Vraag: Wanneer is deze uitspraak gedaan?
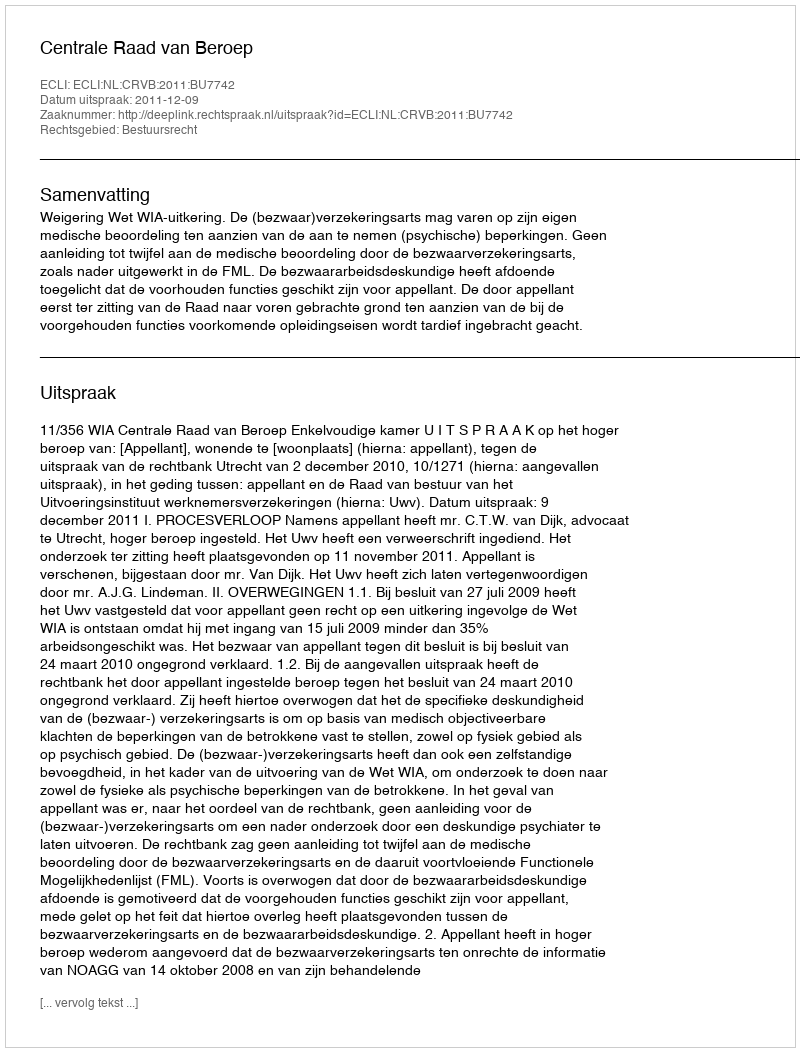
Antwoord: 2011-12-09